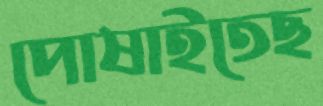
পোষাইতেছ